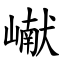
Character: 𪩘